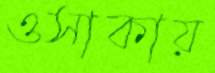
ওসাকায়